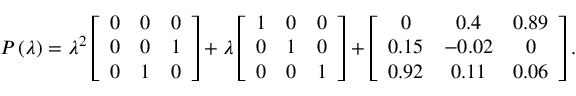
P \left( \lambda \right) = \lambda ^ { 2 } \left[ \begin{array} { c c c } { 0 } & { 0 } & { 0 } \\ { 0 } & { 0 } & { 1 } \\ { 0 } & { 1 } & { 0 } \end{array} \right] + \lambda \left[ \begin{array} { c c c } { 1 } & { 0 } & { 0 } \\ { 0 } & { 1 } & { 0 } \\ { 0 } & { 0 } & { 1 } \end{array} \right] + \left[ \begin{array} { c c c } { 0 } & { 0 . 4 } & { 0 . 8 9 } \\ { 0 . 1 5 } & { - 0 . 0 2 } & { 0 } \\ { 0 . 9 2 } & { 0 . 1 1 } & { 0 . 0 6 } \end{array} \right] .